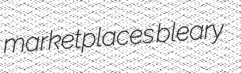
marketplaces bleary